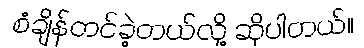
စံချိန်တင်ခဲ့တယ်လို့ ဆိုပါတယ်။